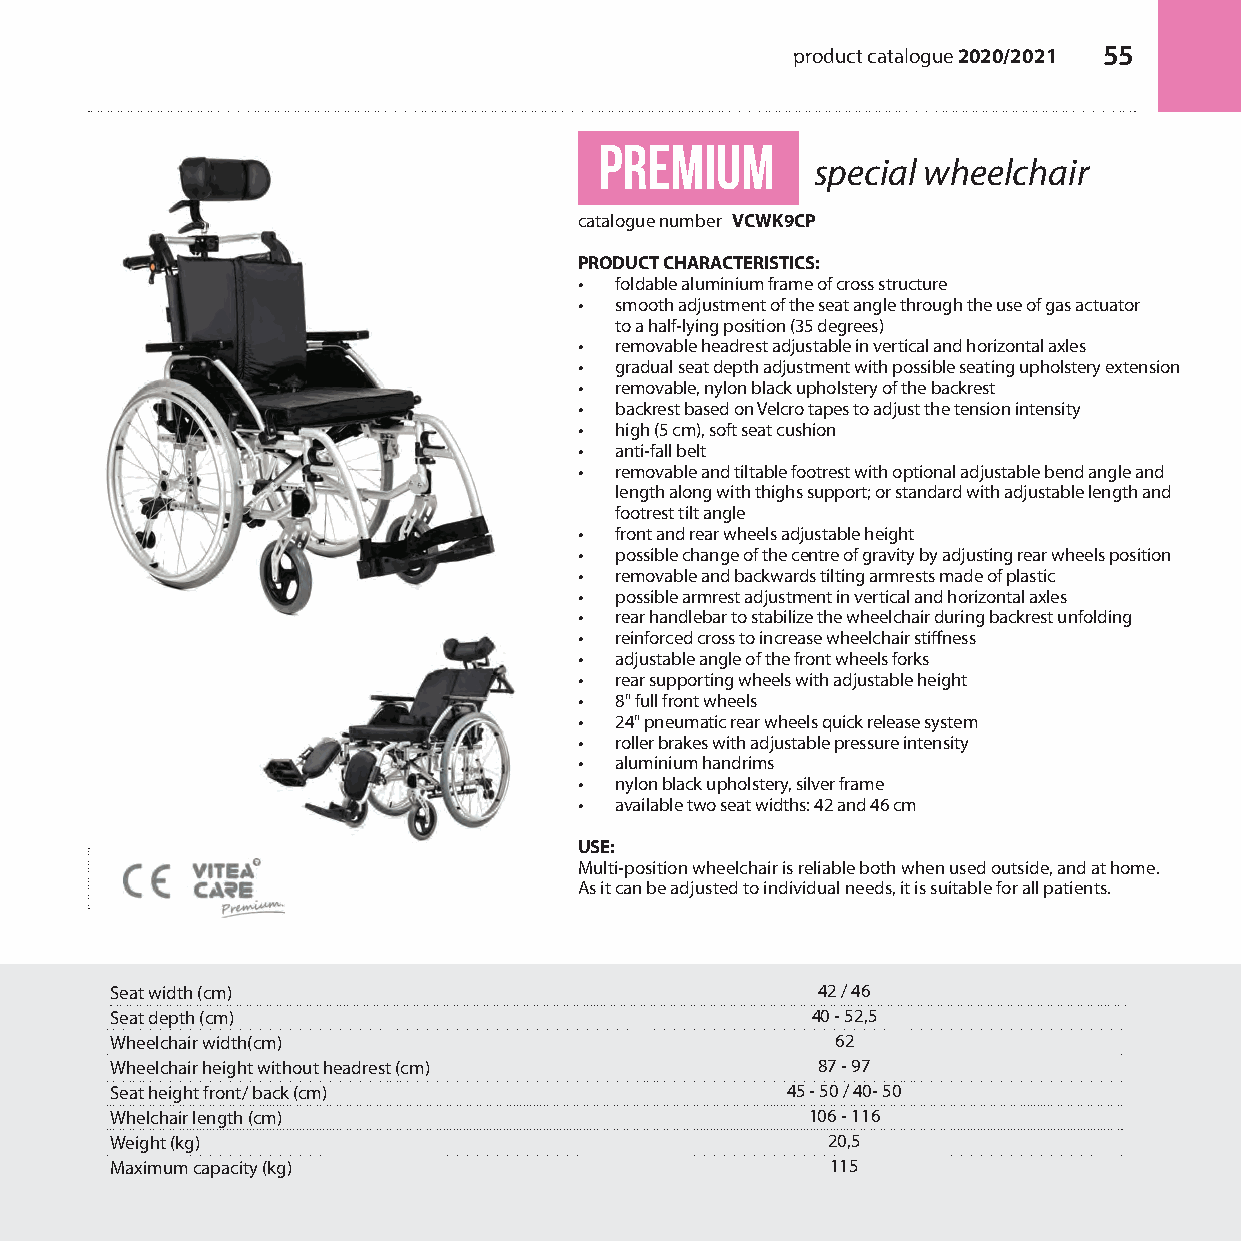
product catalogue 2020/2021 55
 premium
 special wheelchair
 catalogue number VCWK9CP
 PRODUCT CHARACTERISTICS:
 •  foldable aluminium frame of cross structure
 •  smooth adjustment of the seat angle through the use of gas actuator
 to a half-lying position (35 degrees)
 •  removable headrest adjustable in vertical and horizontal axles
 •  gradual seat depth adjustment with possible seating upholstery extension
 •  removable, nylon black upholstery of the backrest
 •  backrest based on Velcro tapes to adjust the tension intensity
 •  high (5 cm), soft seat cushion
 •  anti-fall belt
 •  removable and tiltable footrest with optional adjustable bend angle and
 length along with thighs support; or standard with adjustable length and
 footrest tilt angle
 •  front and rear wheels adjustable height
 •  possible change of the centre of gravity by adjusting rear wheels position
 •  removable and backwards tilting armrests made of plastic
 •  possible armrest adjustment in vertical and horizontal axles
 •  rear handlebar to stabilize the wheelchair during backrest unfolding
 •  reinforced cross to increase wheelchair stiffness
 •  adjustable angle of the front wheels forks
 •  rear supporting wheels with adjustable height
 •  8" full front wheels
 •  24" pneumatic rear wheels quick release system
 •  roller brakes with adjustable pressure intensity
 •  aluminium handrims
 •  nylon black upholstery, silver frame
 •  available two seat widths: 42 and 46 cm
 USE:
 Multi-position wheelchair is reliable both when used outside, and at home.
 As it can be adjusted to individual needs, it is suitable for all patients.
 Seat width (cm)                                42 / 46
 Seat depth (cm)                                40 - 52,5
 Wheelchair width(cm)                            62
 Wheelchair height without headrest (cm)        87 - 97
 Seat height front/ back (cm)                 45 - 50 / 40- 50
 Whelchair length (cm)                          106 - 116
 Weight (kg)                                     20,5
 Maximum capacity (kg)                           115